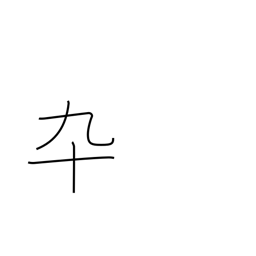
Meaning: soldier